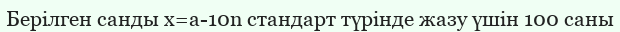
Берілген санды х=а-10n стандарт түрінде жазу үшін 100 саны